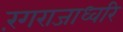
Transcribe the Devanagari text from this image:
रंगराजाध्वरि